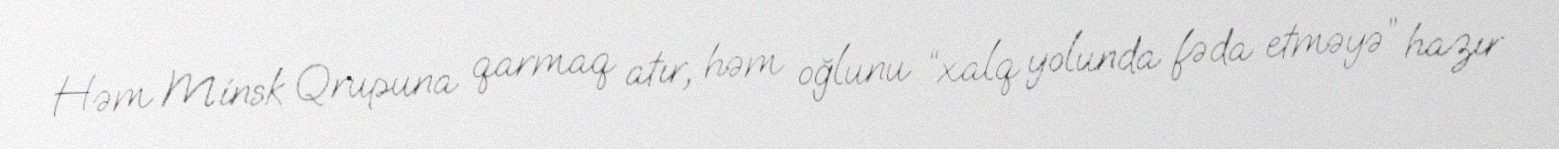
Həm Minsk Qrupuna qarmaq atır, həm oğlunu “xalq yolunda fəda etməyə” hazır